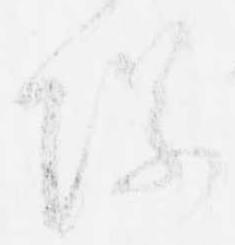
際